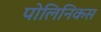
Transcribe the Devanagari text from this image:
पोलिनिकस